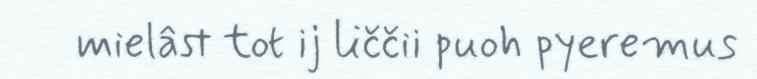
mielâst tot ij liččii puoh pyeremus